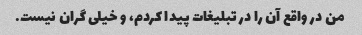
من در واقع آن را در تبلیغات پیدا کردم، و خیلی گران نیست.